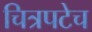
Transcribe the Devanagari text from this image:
चित्रपटेच